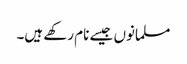
مسلمانوں جیسے نام رکھے ہیں۔